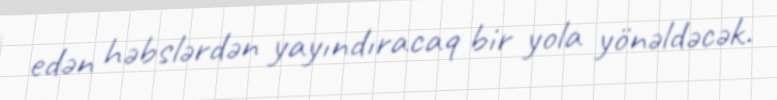
edən həbslərdən yayındıracaq bir yola yönəldəcək.